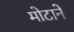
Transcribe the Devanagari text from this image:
मोटाने